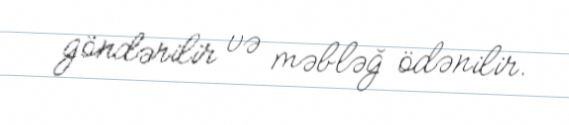
göndərilir və məbləğ ödənilir.